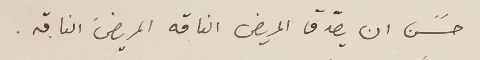
حسًن ان يصدّق المريض الناقه المريضَ الناقه.